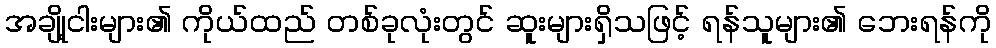
အချို့ငါးများ၏ ကိုယ်ထည် တစ်ခုလုံးတွင် ဆူးများရှိသဖြင့် ရန်သူများ၏ ဘေးရန်ကို